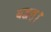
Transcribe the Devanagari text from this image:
यद्वत्।